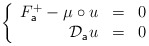
\begin{align*}\left\{ \begin{array}{rcl} F^{+}_{\mathsf{a}} - \mu \circ u & = & 0 \\ \mathcal{D}_{\mathsf{a}}u & = & 0 \end{array} \right.\end{align*}